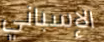
الإسباني